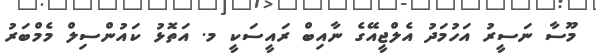
މޫސާ ނަސީރު އަހުމަދު އެލްޖީއޭގެ ނާއިބް ރައީސަކީ މ. އަތޮޅު ކައުންސިލް މެމްބަރު